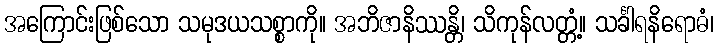
အကြောင်းဖြစ်သော သမုဒယသစ္စာကို။ အဘိဇာနိဿန္တိ၊ သိကုန်လတ္တံ့။ သင်္ခါရနိရောဓံ၊